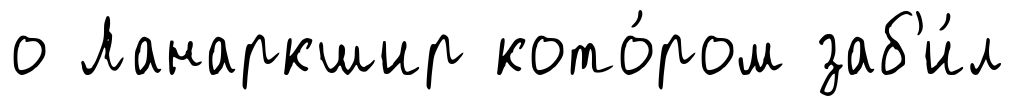
о Ланаркшир кото́ром заб'и́л